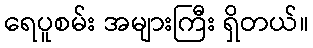
ရေပူစမ်း အများကြီး ရှိတယ်။